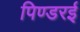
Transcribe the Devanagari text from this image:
पिण्डरई